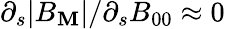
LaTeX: \partial_{s}|B_{\mathbf{M}}|/\partial_{s}B_{00}\approx0